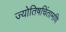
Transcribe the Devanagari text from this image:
ज्योतिषचिंतामणि